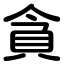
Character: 貪